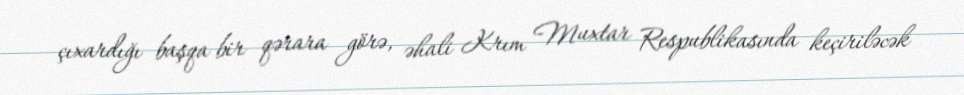
çıxardığı başqa bir qərara görə, əhali Krım Muxtar Respublikasında keçiriləcək